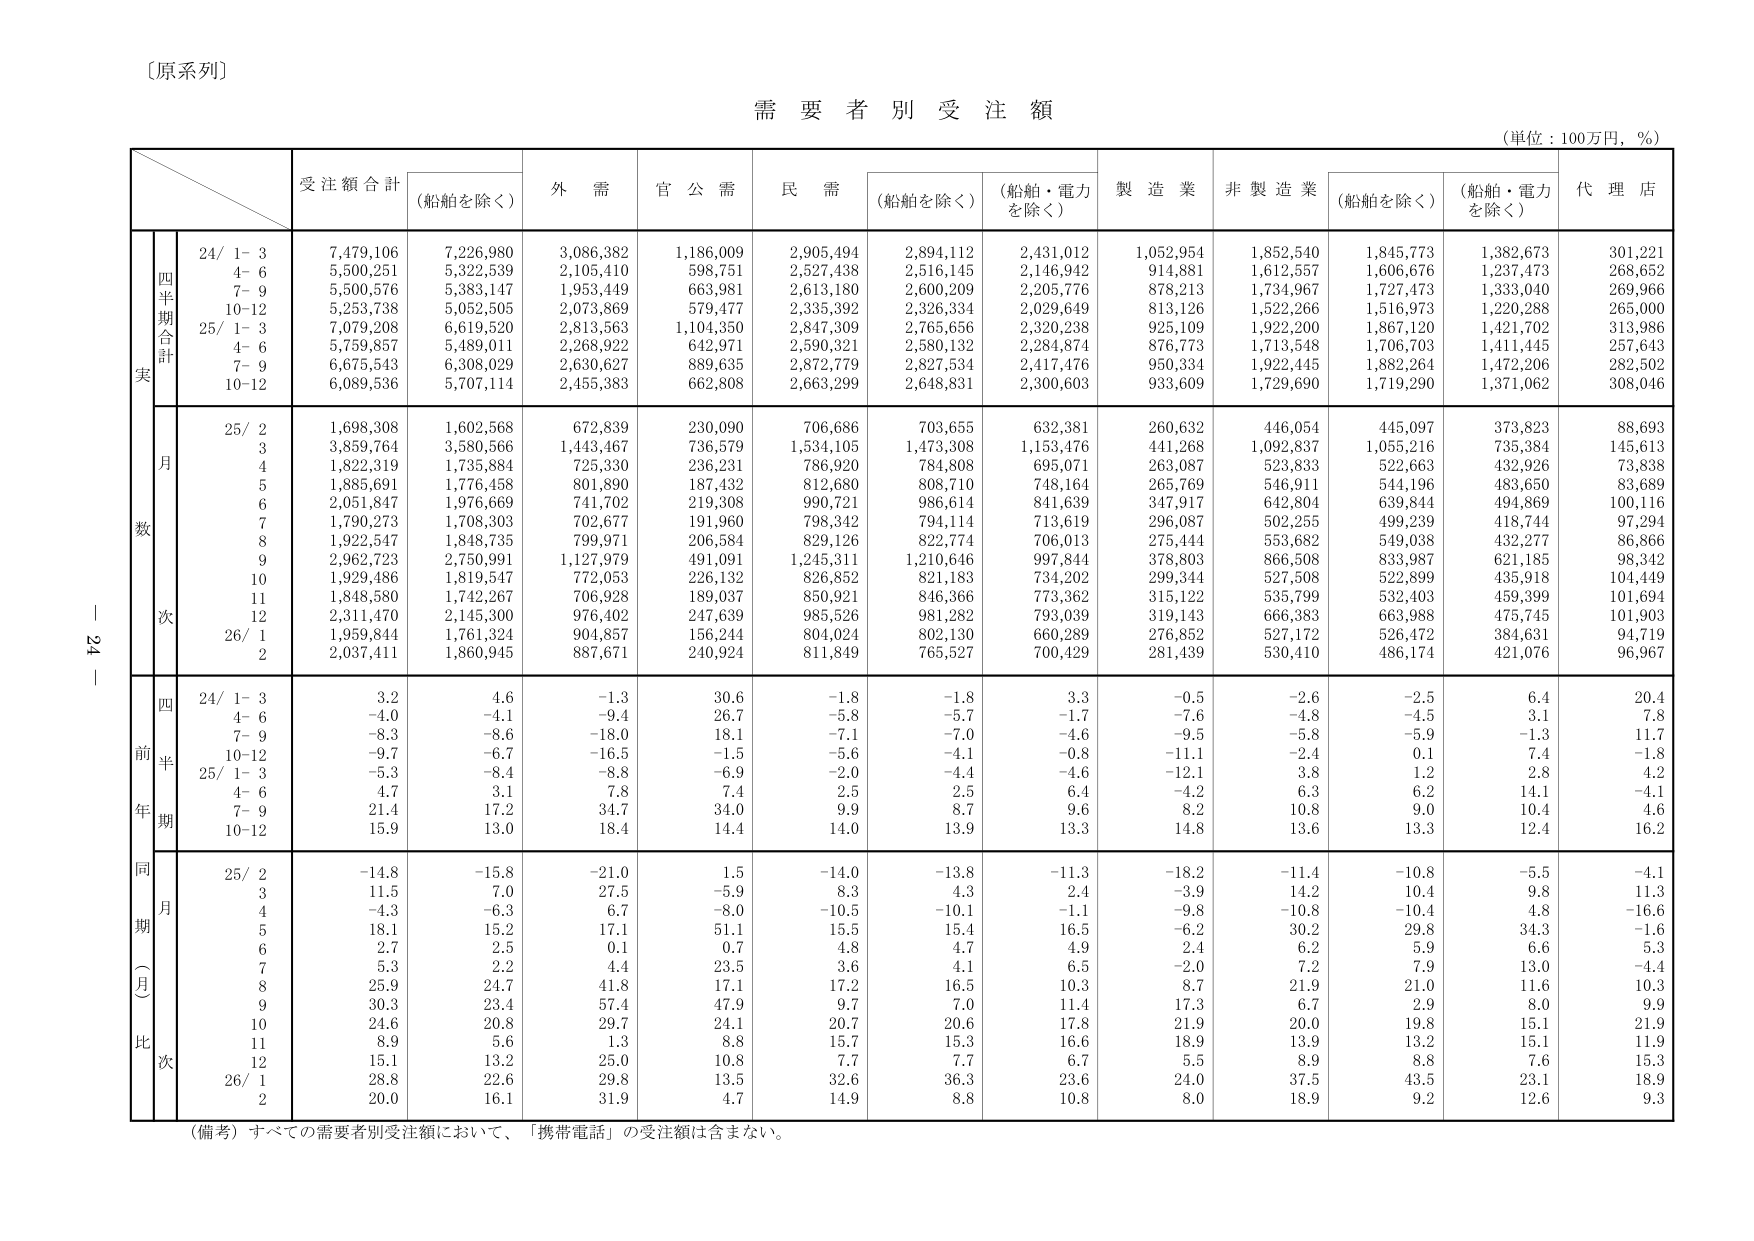
〔原系列〕

需要者別受注額
（単位：100万円，％）

受注額合計
（船舶を除く）
外需
官公需
民需
（船舶を除く）
（船舶・電力を除く）
製造業
非製造業
（船舶を除く）
（船舶・電力を除く）
代理店

四半期合計
実
24/ 1-3
7,479,106
7,226,980
3,086,382
1,186,009
2,905,494
2,894,112
2,431,012
1,052,954
1,852,540
1,845,773
1,382,673
301,221
4-6
5,500,251
5,322,539
2,105,410
598,751
2,527,438
2,516,145
2,146,942
914,881
1,612,557
1,606,676
1,237,473
268,652
7-9
5,500,576
5,383,147
1,953,449
663,981
2,613,180
2,600,209
2,205,776
878,213
1,734,967
1,727,473
1,333,040
269,966
10-12
5,253,738
5,052,505
2,073,869
579,477
2,335,392
2,326,334
2,029,649
813,126
1,522,266
1,516,973
1,220,288
265,000
25/ 1-3
7,079,208
6,619,520
2,813,563
1,104,350
2,847,309
2,765,656
2,320,238
925,109
1,922,200
1,867,120
1,421,702
313,986
4-6
5,759,857
5,489,011
2,268,922
642,971
2,590,321
2,580,132
2,284,874
876,773
1,713,548
1,706,703
1,411,445
257,643
7-9
6,675,543
6,308,029
2,630,627
889,635
2,872,779
2,827,534
2,417,476
950,334
1,922,445
1,882,264
1,472,206
282,502
10-12
6,089,536
5,707,114
2,455,383
662,808
2,663,299
2,648,831
2,300,603
933,609
1,729,690
1,719,290
1,371,062
308,046

月数
25/ 2
1,698,308
1,602,568
672,839
230,090
706,686
703,655
632,381
260,632
446,054
445,097
373,823
88,693
3
3,859,764
3,580,566
1,443,467
736,579
1,534,105
1,473,308
1,153,476
441,268
1,092,837
1,055,216
735,384
145,613
4
1,822,319
1,735,884
725,330
236,231
786,920
784,808
695,071
263,087
523,833
522,663
432,926
73,838
5
1,885,691
1,776,458
801,890
187,432
812,680
808,710
748,164
265,769
546,911
544,196
483,650
83,689
6
2,051,847
1,976,669
741,702
219,308
990,721
986,614
841,639
347,917
642,804
639,844
494,869
100,116
7
1,790,273
1,708,303
702,677
191,960
798,342
794,114
713,619
296,087
502,255
499,239
418,744
97,294
8
1,922,547
1,848,735
799,971
206,584
829,126
822,774
706,013
275,444
553,682
549,038
432,277
86,866
9
2,962,723
2,750,991
1,127,979
491,091
1,245,311
1,210,646
997,844
378,803
866,508
833,987
621,185
98,342
10
1,929,486
1,819,547
772,053
226,132
826,852
821,183
734,202
299,344
527,508
522,899
435,918
104,449
11
1,848,580
1,742,267
706,928
189,037
850,921
846,366
773,362
315,122
535,799
532,403
459,399
101,694
12
2,311,470
2,145,300
976,402
247,639
985,526
981,282
793,039
319,143
666,383
663,988
475,745
101,903
26/ 1
1,959,844
1,761,324
904,857
156,244
804,024
802,130
660,289
276,852
527,172
526,472
384,631
94,719
2
2,037,411
1,860,945
887,671
240,924
811,849
765,527
700,429
281,439
530,410
486,174
421,076
96,967

四半期
前年
24/ 1-3
3.2
4.6
-1.3
30.6
-1.8
-1.8
3.3
-0.5
-2.6
-2.5
6.4
20.4
4-6
-4.0
-4.1
-9.4
26.7
-5.8
-5.7
-1.7
-7.6
-4.8
-4.5
3.1
7.8
7-9
-8.3
-8.6
-18.0
18.1
-7.1
-7.0
-4.6
-9.5
-5.8
-5.9
-1.3
11.7
10-12
-9.7
-6.7
-16.5
-1.5
-5.6
-4.1
-0.8
-11.1
-2.4
0.1
7.4
-1.8
25/ 1-3
-5.3
-8.4
-8.8
-6.9
-2.0
-4.4
-4.6
-12.1
3.8
1.2
2.8
4.2
4-6
4.7
3.1
7.8
7.4
2.5
2.5
6.4
-4.2
6.3
6.2
14.1
-4.1
7-9
21.4
17.2
34.7
34.0
9.9
8.7
9.6
8.2
10.8
9.0
10.4
4.6
10-12
15.9
13.0
18.4
14.4
14.0
13.9
13.3
14.8
13.6
13.3
12.4
16.2

同期（月）比次
25/ 2
-14.8
-15.8
-21.0
1.5
-14.0
-13.8
-11.3
-18.2
-11.4
-10.8
-5.5
-4.1
3
11.5
7.0
27.5
-5.9
8.3
4.3
2.4
-3.9
14.2
10.4
9.8
11.3
4
-4.3
-6.3
6.7
-8.0
-10.5
-10.1
-1.1
-9.8
-10.8
-10.4
4.8
-16.6
5
18.1
15.2
17.1
51.1
15.5
15.4
16.5
-6.2
30.2
29.8
34.3
-1.6
6
2.7
2.5
0.1
0.7
4.8
4.7
4.9
2.4
6.2
5.9
6.6
5.3
7
5.3
2.2
4.4
23.5
3.6
4.1
6.5
-2.0
7.2
7.9
13.0
-4.4
8
25.9
24.7
41.8
17.1
17.2
16.5
10.3
8.7
21.9
21.0
11.6
10.3
9
30.3
23.4
57.4
47.9
9.7
7.0
11.4
17.3
6.7
2.9
8.0
9.9
10
24.6
20.8
29.7
24.1
20.7
20.6
17.8
21.9
20.0
19.8
15.1
21.9
11
8.9
5.6
1.3
8.8
15.7
15.3
16.6
18.9
13.9
13.2
15.1
11.9
12
15.1
13.2
25.0
10.8
7.7
7.7
6.7
5.5
8.9
8.8
7.6
15.3
26/ 1
28.8
22.6
29.8
13.5
32.6
36.3
23.6
24.0
37.5
43.5
23.1
18.9
2
20.0
16.1
31.9
4.7
14.9
8.8
10.8
8.0
18.9
9.2
12.6
9.3

（備考）すべての需要者別受注額において、「携帯電話」の受注額は含まない。